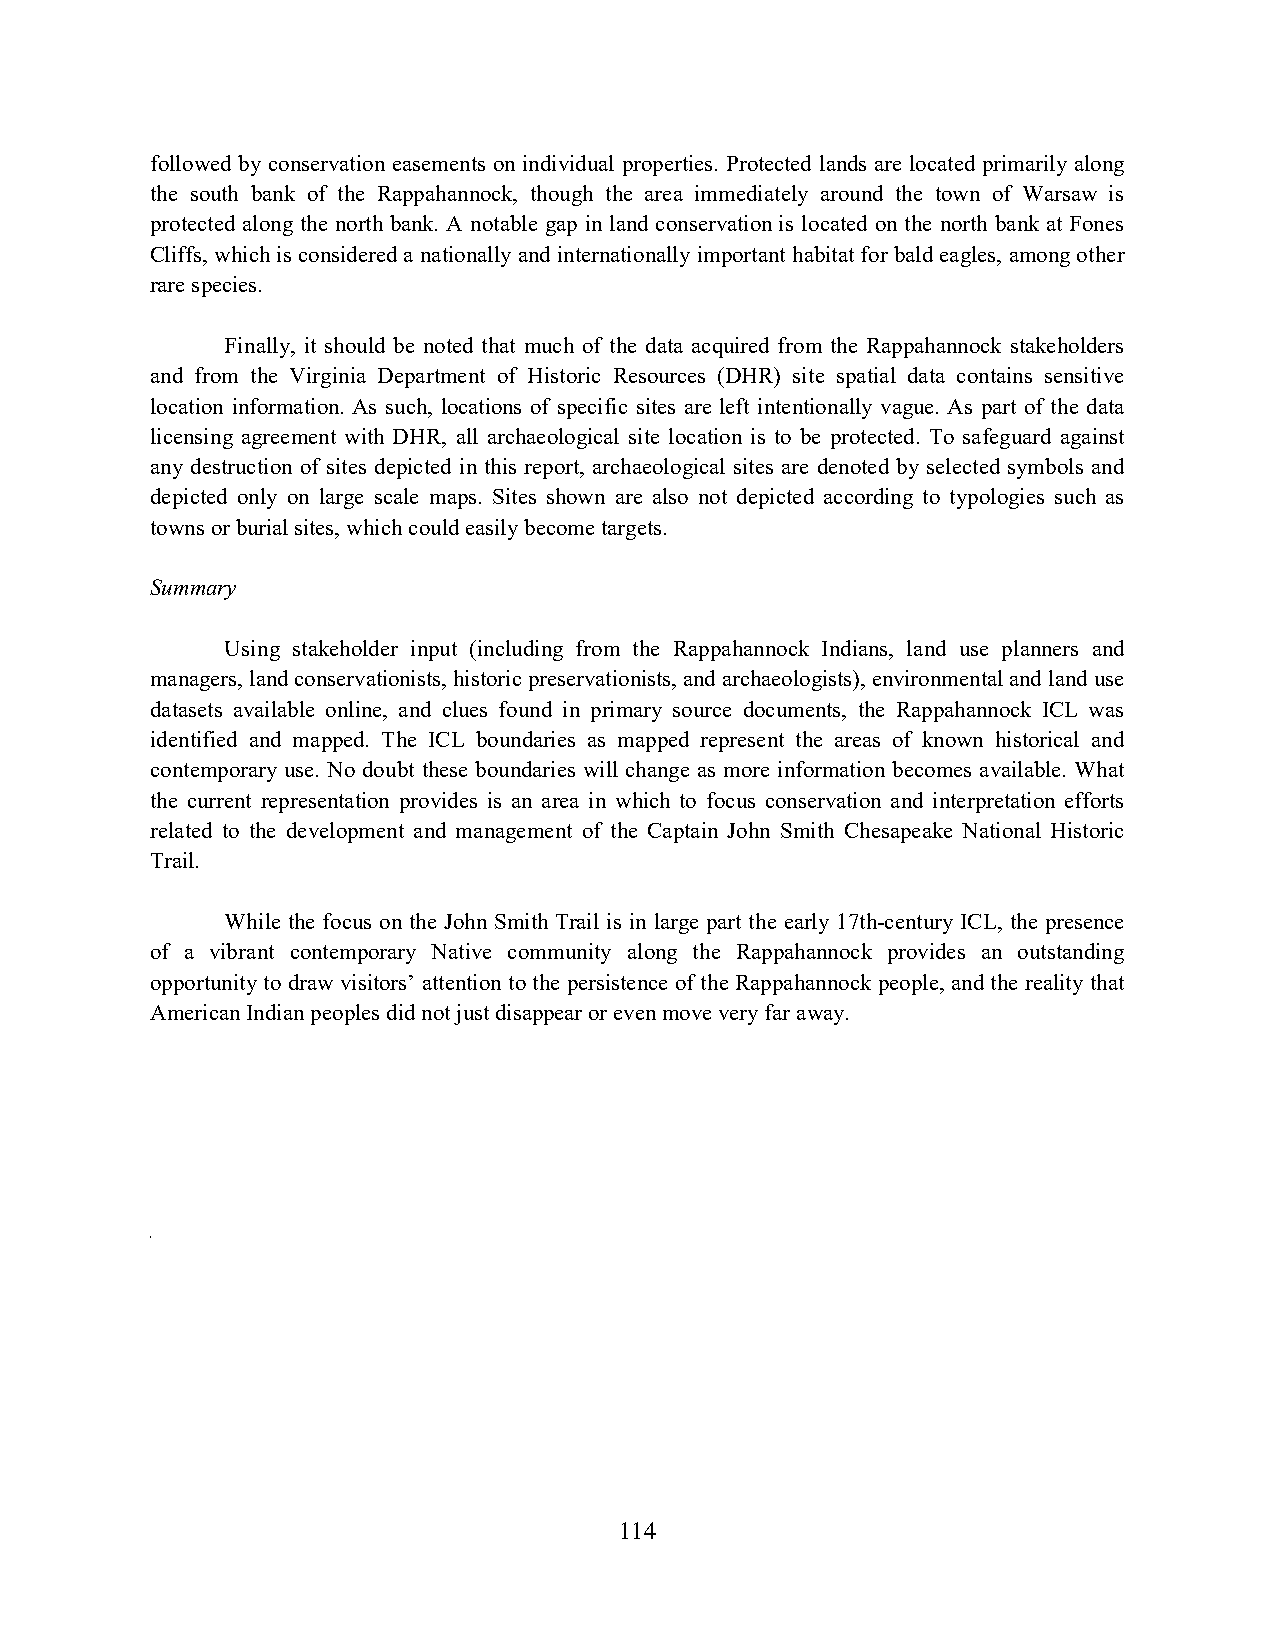
followed by conservation easements on individual properties. Protected lands are located primarily along
 the south bank of the Rappahannock, though the area immediately around the town of Warsaw is
 protected along the north bank. A notable gap in land conservation is located on the north bank at Fones
 Cliffs, which is considered a nationally and internationally important habitat for bald eagles, among other
 rare species.
 Finally, it should be noted that much of the data acquired from the Rappahannock stakeholders
 and from the Virginia Department of Historic Resources (DHR) site spatial data contains sensitive
 location information. As such, locations of specific sites are left intentionally vague. As part of the data
 licensing agreement with DHR, all archaeological site location is to be protected. To safeguard against
 any destruction of sites depicted in this report, archaeological sites are denoted by selected symbols and
 depicted only on large scale maps. Sites shown are also not depicted according to typologies such as
 towns or burial sites, which could easily become targets.
 Summary
 Using stakeholder input (including from the Rappahannock Indians, land use planners and
 managers, land conservationists, historic preservationists, and archaeologists), environmental and land use
 datasets available online, and clues found in primary source documents, the Rappahannock ICL was
 identified and mapped. The ICL boundaries as mapped represent the areas of known historical and
 contemporary use. No doubt these boundaries will change as more information becomes available. What
 the current representation provides is an area in which to focus conservation and interpretation efforts
 related to the development and management of the Captain John Smith Chesapeake National Historic
 Trail.
 While the focus on the John Smith Trail is in large part the early 17th-century ICL, the presence
 of a vibrant contemporary Native community along the Rappahannock provides an outstanding
 opportunity to draw visitors’ attention to the persistence of the Rappahannock people, and the reality that
 American Indian peoples did not just disappear or even move very far away.
 C
 114